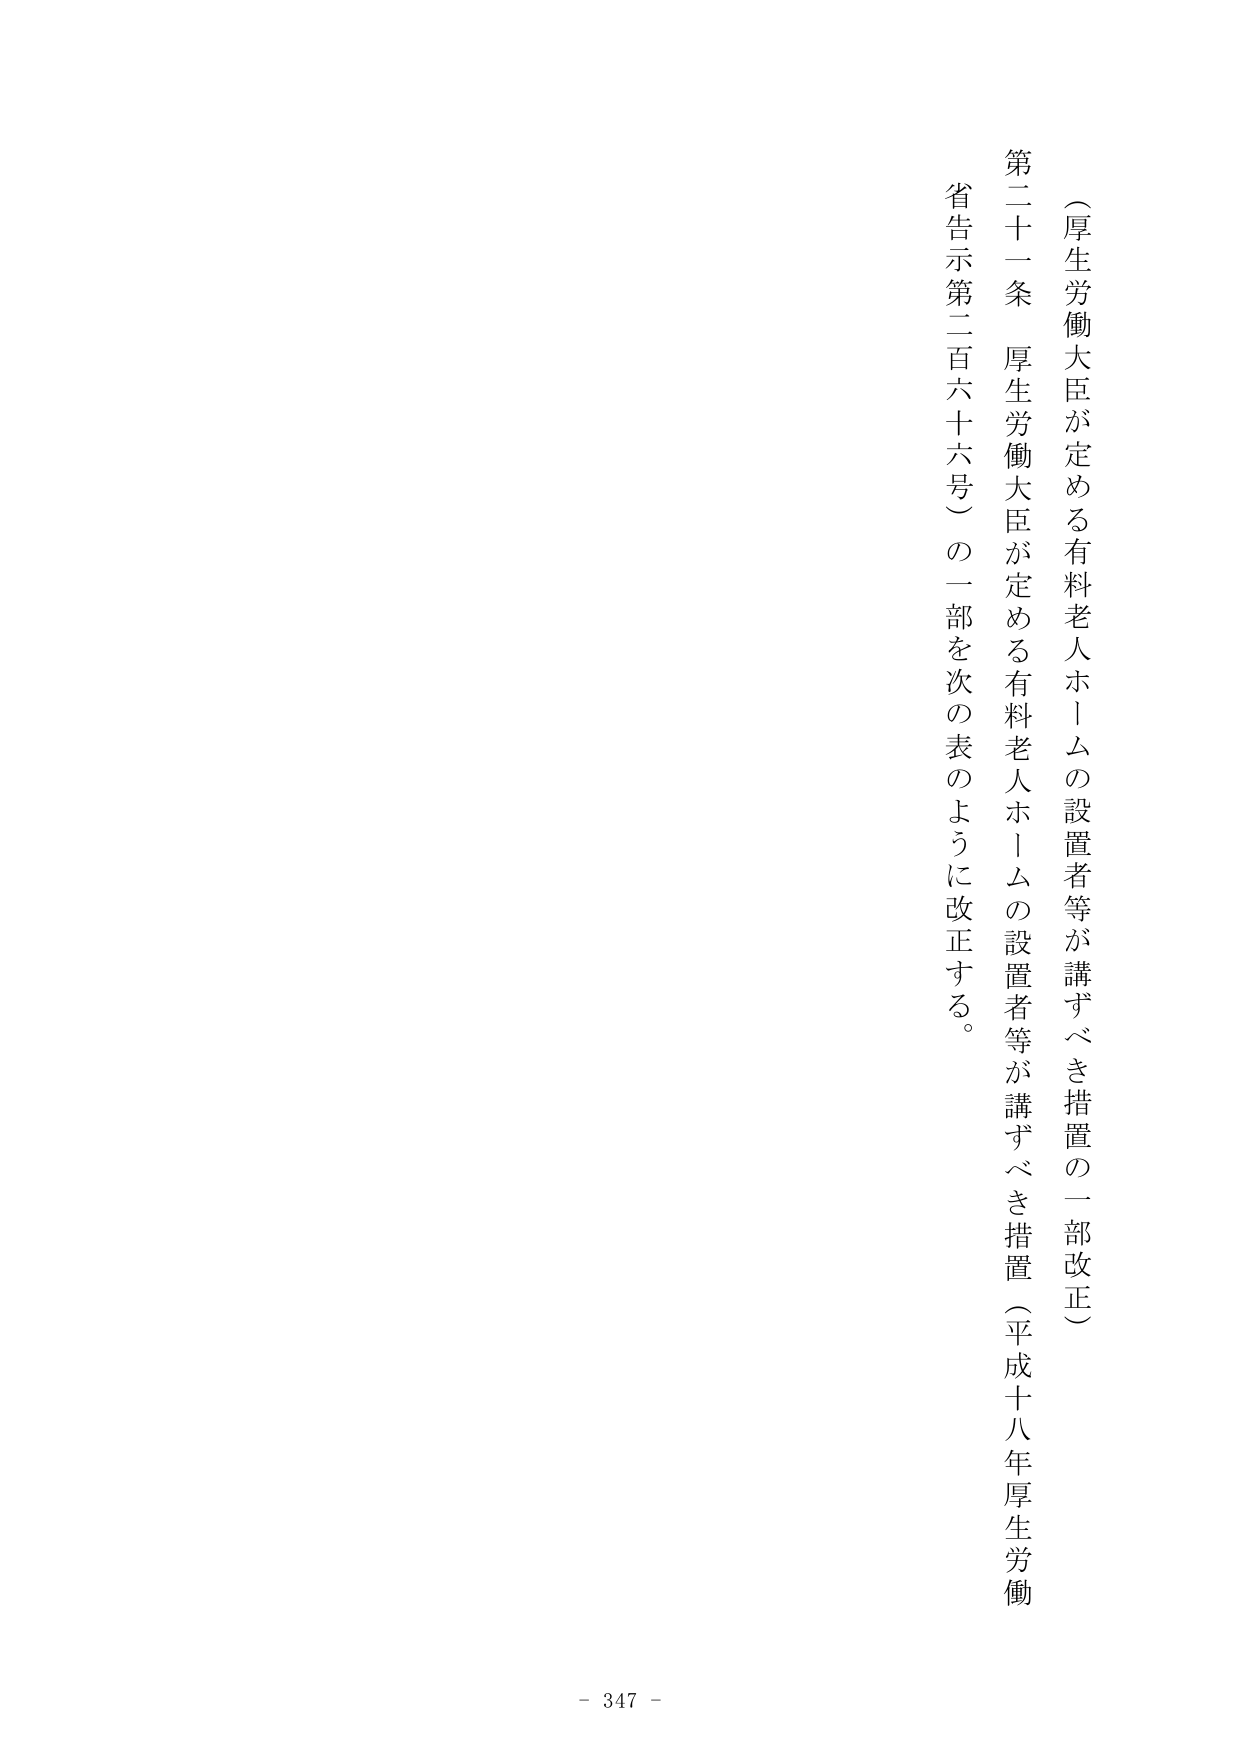
（厚生労働大臣が定める有料老人ホームの設置者等が講ずべき措置の一部改正）

第二十一条　厚生労働大臣が定める有料老人ホームの設置者等が講ずべき措置（平成十八年厚生労働省告示第二百六十六号）の一部を次の表のように改正する。

- 347 -